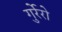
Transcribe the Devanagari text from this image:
गुर्रेरो